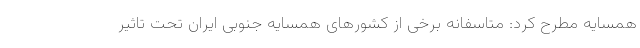
همسایه مطرح کرد: متاسفانه برخی از کشورهای همسایه جنوبی ایران تحت تاثیر